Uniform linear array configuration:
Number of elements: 8
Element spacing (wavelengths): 0.5
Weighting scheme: exponential
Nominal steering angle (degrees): -15
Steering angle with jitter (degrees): -14.309
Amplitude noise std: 0.05
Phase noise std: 0.05

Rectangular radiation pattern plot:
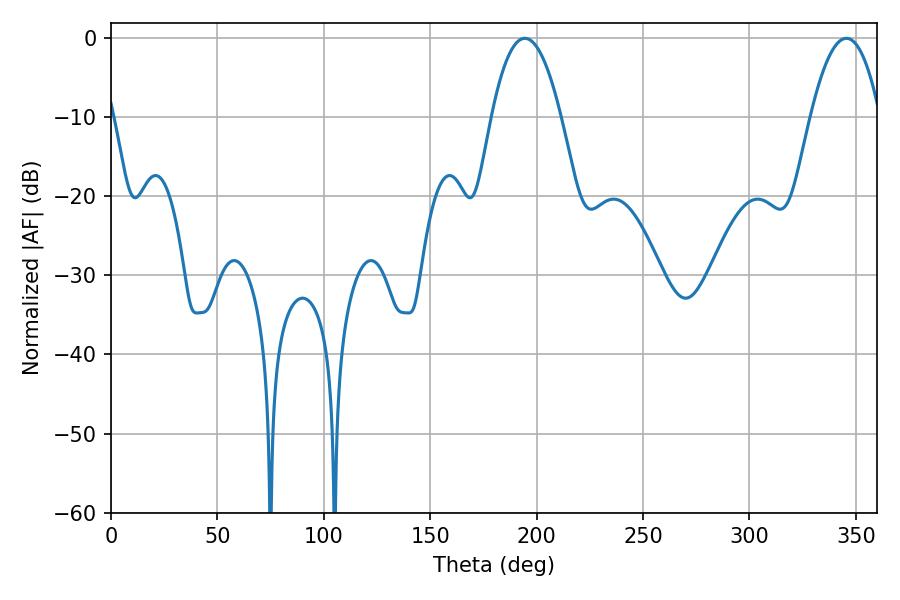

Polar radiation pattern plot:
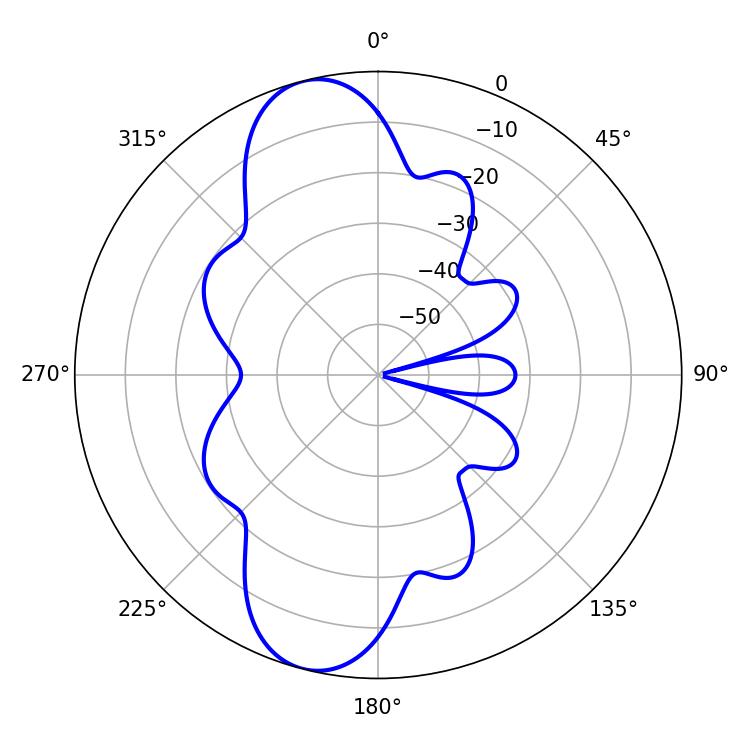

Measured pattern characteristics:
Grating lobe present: FALSE
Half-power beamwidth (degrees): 18
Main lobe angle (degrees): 194.4